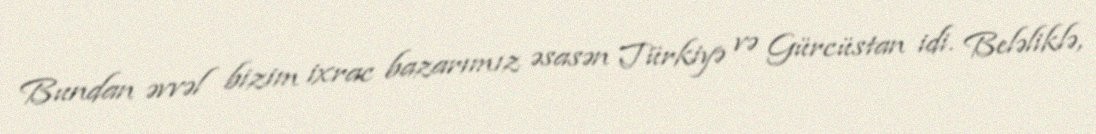
Bundan əvvəl bizim ixrac bazarımız əsasən Türkiyə və Gürcüstan idi. Beləliklə,